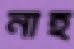
নাহ